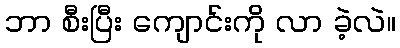
ဘာ စီးပြီး ကျောင်းကို လာ ခဲ့လဲ။